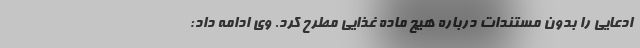
ادعایی را بدون مستندات درباره هیچ ماده غذایی مطرح کرد. وی ادامه داد: